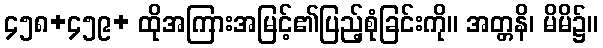
၄၅၈+၄၅၉+ ထိုအကြားအမြင့်၏ပြည့်စုံခြင်းကို။ အတ္တနိ၊ မိမိ၌။